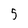
Character: 5